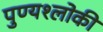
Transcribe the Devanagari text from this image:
पुण्‍यश्‍लोकी